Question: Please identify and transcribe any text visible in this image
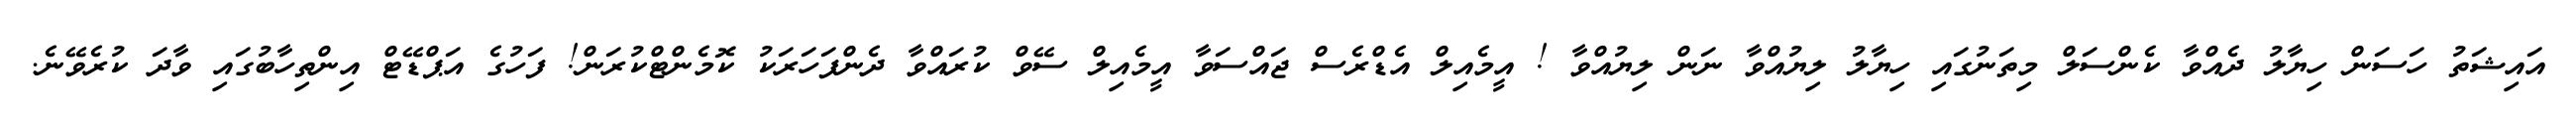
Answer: އައިޝަތު ހަސަން ހިޔާލު ދެއްވާ ކެންސަލް މިތަނުގައި ހިޔާލު ލިޔުއްވާ ނަން ލިޔުއްވާ ! އީމެއިލް އެޑްރެސް ޖައްސަވާ އީމެއިލް ސޭވް ކުރައްވާ ދެންފަހަރަކު ކޮމެންޓްކުރަން! ފަހުގެ އަޕްޑޭޓް އިންތިހާބުގައި ވާދަ ކުރެވޭނެ.